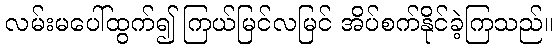
လမ်းမပေါ်ထွက်၍ ကြယ်မြင်လမြင် အိပ်စက်နိုင်ခဲ့ကြသည်။